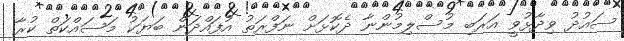
ސައުދު ވިދާޅުވީ އަރަބި މުސްލިމުންނާ ދެކޮޅަށް ނަފްރަތު އުފައްދަން ބަޔަކު މަސައްކަތް ކުރާ